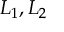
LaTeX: L _ { 1 } , L _ { 2 }